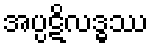
အပ္ပဋိလဒ္ဓဿ